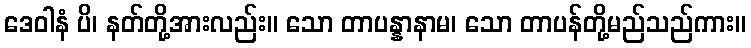
ဒေဝါနံ ပိ၊ နတ်တို့အားလည်း။ သော တာပန္နာနာမ၊ သော တာပန်တို့မည်သည်ကား။